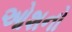
ઓશનો